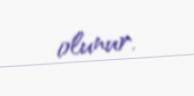
olunur.